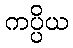
ကပ္ပိယ